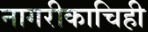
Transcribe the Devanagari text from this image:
नागरीकाचिही